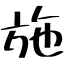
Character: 施